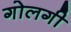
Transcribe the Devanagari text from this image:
गोलगी